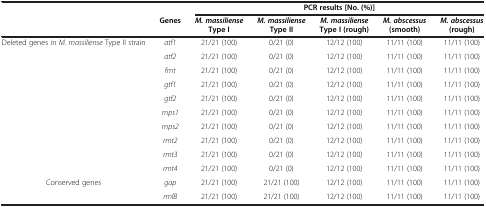
|  |  | <COLSPAN=5> PCR results [No. (%)] |
 |  | Genes | M. massiliense Type I | M. massiliense Type II | M. massiliense Type I (rough) | M. abscessus (smooth) | M. abscessus (rough) |
 | --- | --- | --- | --- | --- | --- | --- |
 | <ROWSPAN=10> Deleted genes in M. massiliense Type II strain | atf1 | 21/21 (100) | 0/21 (0) | 12/12 (100) | 11/11 (100) | 11/11 (100) |
 | atf2 | 21/21 (100) | 0/21 (0) | 12/12 (100) | 11/11 (100) | 11/11 (100) |
 | fmt | 21/21 (100) | 0/21 (0) | 12/12 (100) | 11/11 (100) | 11/11 (100) |
 | gtf1 | 21/21 (100) | 0/21 (0) | 12/12 (100) | 11/11 (100) | 11/11 (100) |
 | gtf2 | 21/21 (100) | 0/21 (0) | 12/12 (100) | 11/11 (100) | 11/11 (100) |
 | mps1 | 21/21 (100) | 0/21 (0) | 12/12 (100) | 11/11 (100) | 11/11 (100) |
 | mps2 | 21/21 (100) | 0/21 (0) | 12/12 (100) | 11/11 (100) | 11/11 (100) |
 | rmt2 | 21/21 (100) | 0/21 (0) | 12/12 (100) | 11/11 (100) | 11/11 (100) |
 | rmt3 | 21/21 (100) | 0/21 (0) | 12/12 (100) | 11/11 (100) | 11/11 (100) |
 | rmt4 | 21/21 (100) | 0/21 (0) | 12/12 (100) | 11/11 (100) | 11/11 (100) |
 | Conserved genes | gap | 21/21 (100) | 21/21 (100) | 12/12 (100) | 11/11 (100) | 11/11 (100) |
 |  | rmlB | 21/21 (100) | 21/21 (100) | 12/12 (100) | 11/11 (100) | 11/11 (100) |